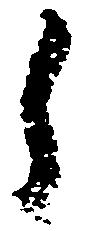
之